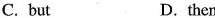
C. but D. then